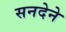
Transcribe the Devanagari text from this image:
सनदेने